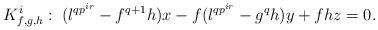
LaTeX: \begin{align*}K^i_{f,g,h}:\; (\l^{qp^{ir}} - f^{q+1} h)x - f (\l^{qp^{ir}} - g^q h)y + fhz = 0.\end{align*}